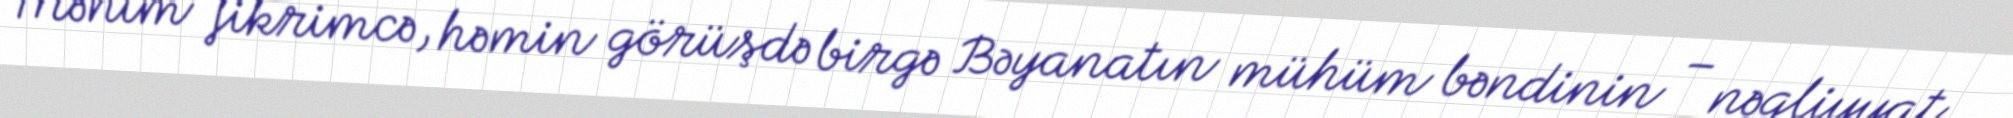
Mənim fikrimcə, həmin görüşdə birgə Bəyanatın mühüm bəndinin – nəqliyyat